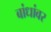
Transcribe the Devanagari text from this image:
बांधांवर